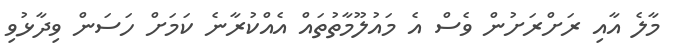
މާލެ އާއި ރަށްރަށުން ވެސް އެ މައުލޫމާތުތައް އެއްކުރާނެ ކަމަށް ހަސަން ވިދާޅުވި